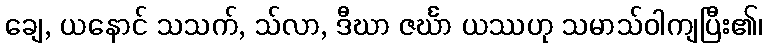
ချေ, ယနောင် သသက်, သ်လာ, ဒီဃာ ဇင်္ဃာ ယဿဟု သမာသ်ဝါကျပြီး၏၊